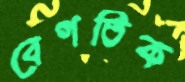
বেগতিক